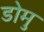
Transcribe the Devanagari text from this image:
डोमु